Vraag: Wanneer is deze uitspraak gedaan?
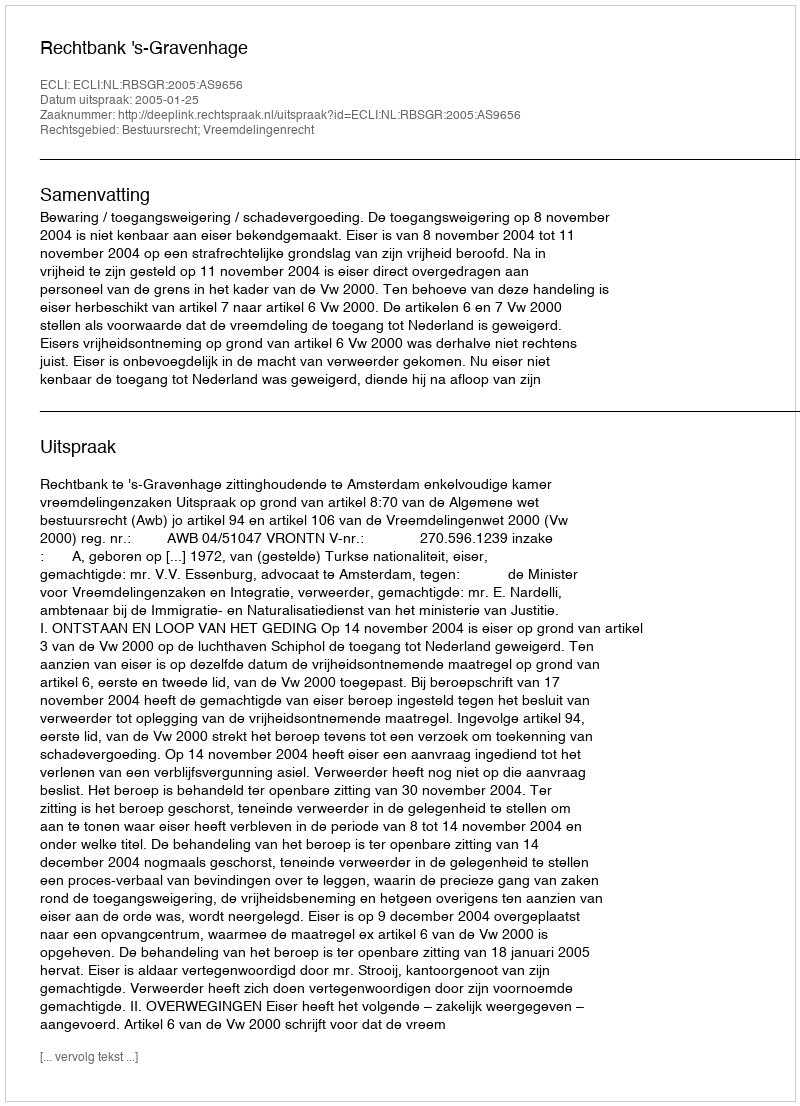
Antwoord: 2005-01-25